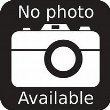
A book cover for Law and Banking; Kathlyn L. Farrell; Law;